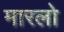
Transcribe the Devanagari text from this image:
मारलो